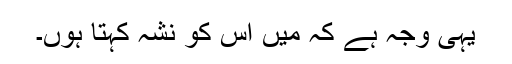
یہی وجہ ہے کہ میں اِس کو نشہ کہتا ہوں۔